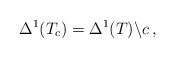
\begin{align*}\Delta^1(T_c) = \Delta^1(T) \backslash c \, , \end{align*}